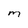
Character: M